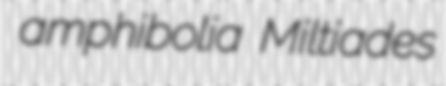
amphibolia Miltiades